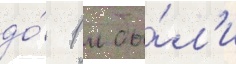
до́ 1 м бы́л'и